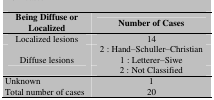
| Being Diffuse or Localized | Number of Cases |
 | --- | --- |
 | Localized lesions | 14 |
 | <ROWSPAN=3> Diffuse lesions | 2 : Hand–Schuller–Christian |
 | 1 : Letterer–Siwe |
 | 2 : Not Classified |
 | Unknown | 1 |
 | Total number of cases | 20 |